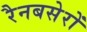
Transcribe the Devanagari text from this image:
रैनबसेरों